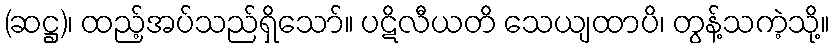
(ဆဋ္ဌ)၊ ထည့်အပ်သည်ရှိသော်။ ပဋိလီယတိ သေယျထာပိ၊ တွန့်သကဲ့သို့။